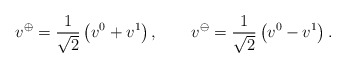
\begin{align*} v^\oplus = \frac{1}{\sqrt{2}} \left( v^0 + v^1 \right), \qquad v^\ominus = \frac{1}{\sqrt{2}} \left( v^0 - v^1 \right).\end{align*}